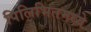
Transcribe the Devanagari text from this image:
पिलिभितमध्ये